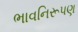
ભાવનિરૂપણ